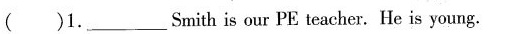
( )1._Smith is our PE teacher. He is young